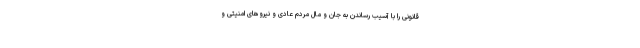
قانونی را با آسیب رساندن به جان و مال مردم عادی و نیروهای امنیتی و